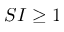
S I \geq 1